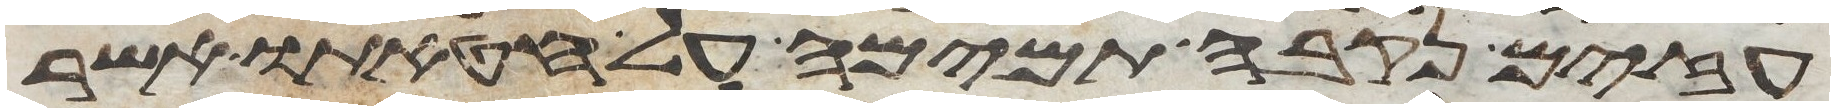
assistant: עזים נקבה תמימה על חטאתו אשר